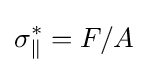
\sigma _{\parallel }^{*}=F/A